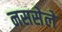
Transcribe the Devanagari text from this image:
नससेले